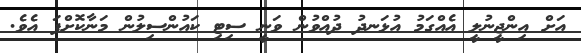
އަށް އިންޖީނުލީ އެއްގަމު އުޅަނދު ދުއްވުން ވަނީ ސިޓި ކައުންސިލުން މަނާކޮށްފަ އެވެ.